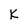
Character: K